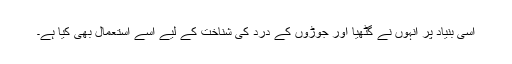
اسی بنیاد پر انہوں نے گٹھیا اور جوڑوں کے درد کی شناخت کے لیے اسے استعمال بھی کیا ہے۔